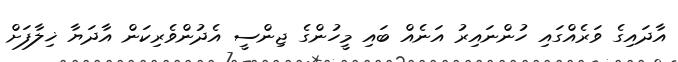
އާދައިގެ ވަރެއްގައި ހުންނައިރު އަނެއް ބައި މީހުންގެ ޖިންސީ އެދުންވެރިކަން އާދަޔާ ޚިލާފަށް